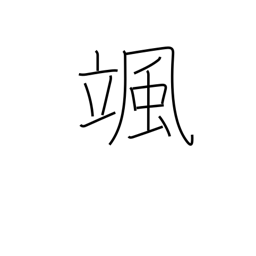
Meaning: sound of the wind